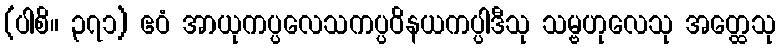
(ပါစိ။ ၃၇၁) ဧဝံ အာယုကပ္ပလေသကပ္ပဝိနယကပ္ပါဒီသု သမ္ဗဟုလေသု အတ္ထေသု